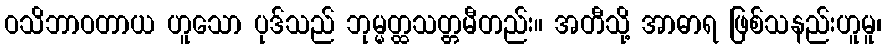
ဝသိဘာဝတာယ ဟူသော ပုဒ်သည် ဘုမ္မတ္ထသတ္တမီတည်း။ အတီသို့ အာဓာရ ဖြစ်သနည်းဟူမူ၊